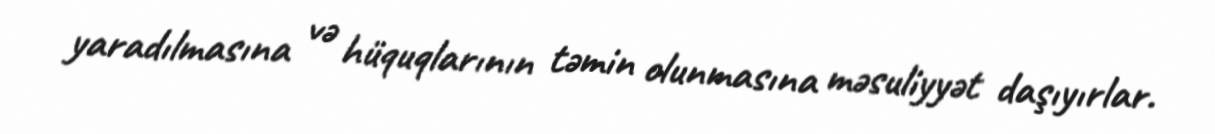
yaradılmasına və hüquqlarının təmin olunmasına məsuliyyət daşıyırlar.